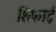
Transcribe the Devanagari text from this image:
शिफाई